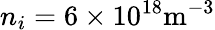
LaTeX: n_{i}=6\times 10^{18}\mathrm{m}^{-3}